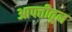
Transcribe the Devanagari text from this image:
आपत्तीतून